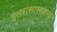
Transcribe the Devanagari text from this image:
इतरांसारखाच